Lunatic asylums Burma 1907-21 - 1907-1921
Year: 1907
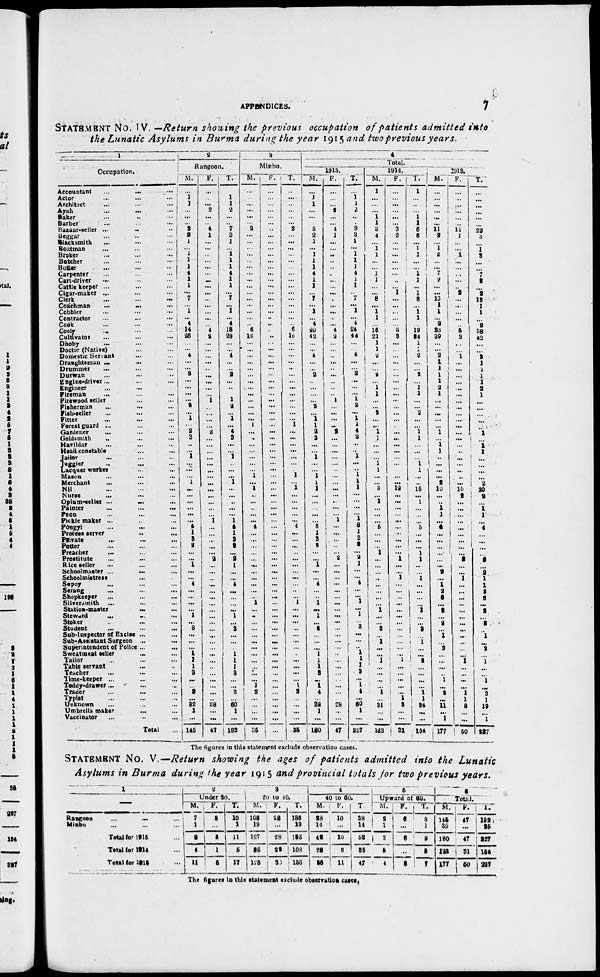
APPENDICES.
7
STATEMENT No. IV. —Return showing the previous occupation of patients admitted into
the Lunatic Asylums in Burma during the year 1915 and two previous years.
1
Occupation.
Accountant
...
... ...
Actor
...
...
...
Architrct
...
...
...
Ayah
...
...
...
Baker
...
...
...
Barber
...
...
...
Bazaar-seller ... ... ...
Beggar
...
...
...
Blacksmith ... ... ...
Boatman ... ... ...
Broker ... ... ...
Botcher ... ... ...
Butter ... ... ...
Carpenter ... ... ...
Cart-driver ... ... ...
Cattle keeper ... ... ...
Cigar-maker ...
...
...
Clerk
...
...
...
Coachman
...
...
...
Cobbler
...
...
...
Contractor
...
...
...
Cook ... ... ...
Cooly ... ... ...
Cultivator
...
...
...
Dhoby
...
...
...
Doctor (Native) ... ...
Domestic Servant ... ...
Draughtsman ... ... ...
Drummer
...
...
...
Durwan ... ... ...
Engine-driver... ... ...
Engineer ... ... ...
Fireman ... ... ...
Firewood celler ... ... ...
Fisherman ... ... ...
Fish-seller ... ... ...
Fitter ... ... ...
Forest guard ... ... ... ...
Gardener
...
...
...
Goldsmith ... ... ...
Havildar ... ... ...
Head constable ... ... ...
Jailor ... ... ...
Juggler ... ... ...
Lacquer worker
...
...
...
Mason
...
...
...
Merchant ... ... ...
Nil ... ... ...
Nurse ... ... ...
Opium-seller ... ... ...
Painter ... ... ...
Peon ... ... ...
Pickie maker ... ... ...
Pôvgyi
...
...
...
Process server
...
...
...
Private ... ... ...
Potter ... ... ...
Preacher ... ... ...
Prostitute ... ... ...
Rice seller ... ... ...
Schoolmaster
...
...
...
Schoolmistress ... ... ...
Sepoy ... ... ...
Serang
...
...
...
Shopkeeper ... ... ...
Silversmith ... ... ...
Station-master ... ... ...
Steward
...
...
...
Stoker ... ... ...
Student ... ... ...
Sub-Inspector of Excise ... ...
Sab-Assistant Surgeon
...
...
Superintendent of Police ... ...
Sweatmeat seller ... ...
Tailor ... ... ...
Table servant ... ...
Teacher ... ... ...
Time-keeper ... ... ...
Toddy-drawer ... ... ...
Trader ... ... ...
Typist ... ... ...
Unknown ... ... ...
Umbrella maker ... ...
Vaccinator ... ... ...
Total ...
2
Rangoon.
M.
...
1
1
...
...
...
3
2
1
...
1
1
1
4
1
1
...
7
...
1
...
4
14
26
...
...
4
...
...
2
...
...
...
...
2
...
1
...
2
3
..
...
1
...
...
...
1
...
...
...
...
...
...
4
1
3
2
...
...
1
...
...
4
...
...
...
...
1
...
3
...
...
...
1
1
1
3
...
...
2
... 32
1
...
145
F.
...
...
...
2
...
...
4
1
...
...
...
...
...
...
...
...
...
...
...
...
...
...
4
2
...
...
...
...
..
...
...
...
...
1
...
...
...
...
2
...
...
...
...
...
...
...
...
...
...
...
...
...
1
...
...
...
...
...
2
...
...
...
...
...
...
...
...
...
...
...
...
...
...
...
...
...
...
...
...
...
...
28
...
...
47
T.
...
1
1
2
...
...
7
3
1
...
1 1
1
4
1
1
...
7
...
1
...
4
18
28
...
...
4
...
...
2
...
..
...
1
2
...
1
...
4
3
...
...
1
...
...
...
1
...
...
..
...
...
1
4
1
3
2
...
2
1
...
...
4
...
...
...
...
1
...
3
...
...
...
1
1
1
3
...
...
2
...
60
1
...
192
3
Minbu.
M.
...
...
...
...
...
...
2
...
...
...
...
...
...
...
...
...
...
...
...
...
...
...
6
16
...
...
...
...
...
...
...
...
...
...
...
...
...
1
...
...
...
...
...
...
...
1
...
1
..
...
..
...
...
4
...
...
...
...
...
...
...
...
...
...
..
1
...
...
...
...
...
...
...
...
...
...
...
...
1
2
...
...
...
...
25
F.
...
...
...
...
...
...
..
...
...
...
...
...
...
...
...
...
...
...
...
...
..
..
...
..
...
...
...
...
...
...
...
...
...
...
...
...
...
...
...
...
...
...
...
...
...
...
...
...
...
...
...
...
...
...
...
...
...
...
...
...
...
...
...
...
...
...
...
...
...
...
...
...
...
...
...
...
...
...
...
...
...
...
...
...
...
T.
...
...
...
...
...
...
2
...
...
...
...
...
...
...
...
...
...
...
...
...
...
...
6
16
...
...
...
...
..
...
...
...
...
...
...
...
...
1
...
...
...
...
...
...
...
1
...
1
...
...
...
...
...
4
...
...
...
...
...
...
...
...
...
..
...
1
...
...
...
...
...
...
...
...
...
...
...
...
1
2
...
...
...
...
25
4
Total.
1915.
M.
...
1
1
...
...
...
5
3
1
...
1
1
1
4
1
1
...
7
...
1
...
4
20
42
...
...
4
...
...
2
...
...
...
...
2
...
1
1
2
3
...
...
1
...
...
1
1
1
...
...
...
...
...
8
1
3
2
...
...
1
...
... 4
... ..
1
...
1
...
3
...
...
...
1
1
1
3
...
1
4
... 32
1
...
180
F.
...
...
...
2
...
...
4
1
...
...
..
...
...
...
...
...
...
...
...
...
...
...
4
2
...
...
..
...
... ...
...
...
...
1
...
...
...
...
2
...
...
...
...
...
...
...
...
...
...
...
...
...
1
...
...
...
..
...
2
...
...
...
...
...
...
...
...
...
...
...
...
...
...
..
...
...
...
...
...
...
...
28
..
...
47
T.
...
1
1
2
..
...
9
3
1
...
1
1
1
4
1
1
...
7
...
1
...
4
24
44
...
...
4
...
...
2
...
...
...
1
2
...
1
1
4
3
..
..
1
...
1
1
1
1
...
...
...
...
1
8
1
3
2
...
2
1
...
...
4
...
...
1
...
1
...
3
...
...
..
1
1
1
3
...
1
4
... 60
1
...
227
1914.
M.
1
...
...
...
1
1
3
4
...
1
1
...
...
1 1
...
...
8
...
1
1
...
16
21
1 1
2
...
...
2
...
1
1
...
...
2
...
...
1
1
...
...
...
1
1
...
...
3
...
1
...
...
...
5
...
...
...
1
...
...
...
..
...
...
...
...
1
...
...
3
...
1
...
...
1
...
...
...
...
1
...
31
...
...
123
F.
...
...
...
...
...
...
3
2
...
...
...
...
...
...
..
...
1
...
...
...
...
...
3
3
...
...
...
...
...
...
...
...
...
...
...
...
...
...
...
...
...
...
...
...
...
...
...
12
...
...
...
...
...
...
...
...
...
...
1
...
...
1
...
...
..
...
...
...
...
...
...
...
...
...
1
...
...
...
...
...
1
3
...
...
31
T.
1
...
...
1
1
6
6
...
1
1
...
...
1 1
...
1
8
...
1
1
...
19
24
1
1
2
...
...
2
...
1
1
...
...
2
...
...
1
1
...
...
...
1
1
...
... 15 ...
1
...
..
...
5
...
...
...
1
1
..
...
1
...
...
...
...
1
...
...
3
...
1
...
...
2
...
...
...
...
1
1
34
...
...
154
1913.
M.
...
...
...
...
...
...
11
2
...
1
2
...
...
7
2
...
...
13
1
1
... 2
33
39
...
...
2 1
1
1
1
2
1
...
...
...
...
...
1
...
1
1
..
...
...
...
2
10
...
..
1
1
...
4
...
...
...
...
...
...
2
...
1
2
6
...
2
...
2
...
1
...
2
...
...
...
..
1
...
2
... 11
...
1
177
F.
...
...
...
...
...
...
11
1
...
...
1
...
...
...
...
..
2
...
..
...
...
...
5
9
...
...
1
...
...
...
...
..
...
...
...
...
...
...
...
...
...
..
...
...
...
..
...
10
2
...
...
...
...
...
...
...
...
...
2
...
...
1
...
...
...
...
...
...
...
...
...
...
...
...
1
...
...
...
...
1
1
8
...
...
50
T.
...
...
...
...
...
...
22
3
...
1
3
...
...
7
2
...
2
13
1
1
...
2
38
42
...
...
3
1
1
1
1
2
1
...
...
...
...
...
1
...
1 1
...
...
...
...
2
20
2
...
1
1
...
4
...
...
...
...
2
...
2
1
1
2
6
...
2
...
2
...
1
...
2
...
1
...
...
1
...
3
1
19
...
1
227
The figures in this statement exclude observation cases.
STATEMENT No. V —Return showing the ages of patients admitted into the Lunatic
Asylums in Burma during the year 1915 and provincial totals for two previous years.
1
Rangoon ... ... ...
Minbu ... ... ...
Total for 1915 ...
Total for 1914 ...
Total for 1913 ...
2
Under 90.
M.
7
1
8
4
11
F.
3
...
3
1
6
T.
10
1
11
5
17
3
20 to 40.
M.
108
19
127
86
126
F.
28
...
28
22
30
T.
136
19
156
108
156
4
40 to 60.
M.
28
14
42
28
36
F.
10
...
10
8
11
T.
38
14
52
36
47
5
Upward of 60.
M.
2
1
3
5
4
F.
6
...
6
...
3
T.
8
1
9
5
7
6
Total.
M.
145
35
180
123
177
F.
47
...
47
31
50
T.
192
35
227
154
227
The figures in this statement exclude observation cases.